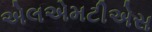
એલએમટીએસ